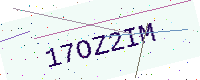
Text: 17OZ2IM